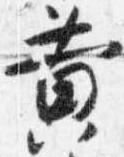
黄